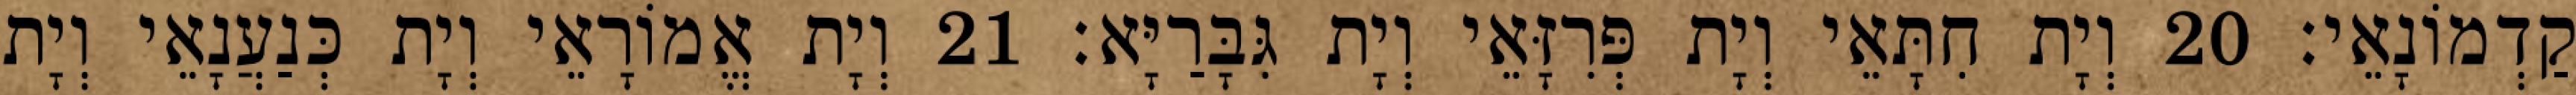
קַדְמוֹנָאֵי׃ 20 וְיָת חִתָּאֵי וְיָת פְּרִזָּאֵי וְיָת גִּבָּרַיָּא׃ 21 וְיָת אֱמוֹרָאֵי וְיָת כְּנַעֲנָאֵי וְיָת